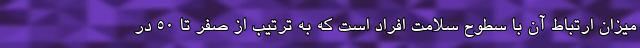
میزان ارتباط آن با سطوح سلامت افراد است که به ترتیب از صفر تا ۵۰ در